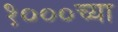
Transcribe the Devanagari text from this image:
१०००च्या